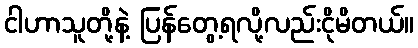
ငါဟာသူတို့နဲ့ ပြန်တွေ့ရလို့လည်းငိုမိတယ်။